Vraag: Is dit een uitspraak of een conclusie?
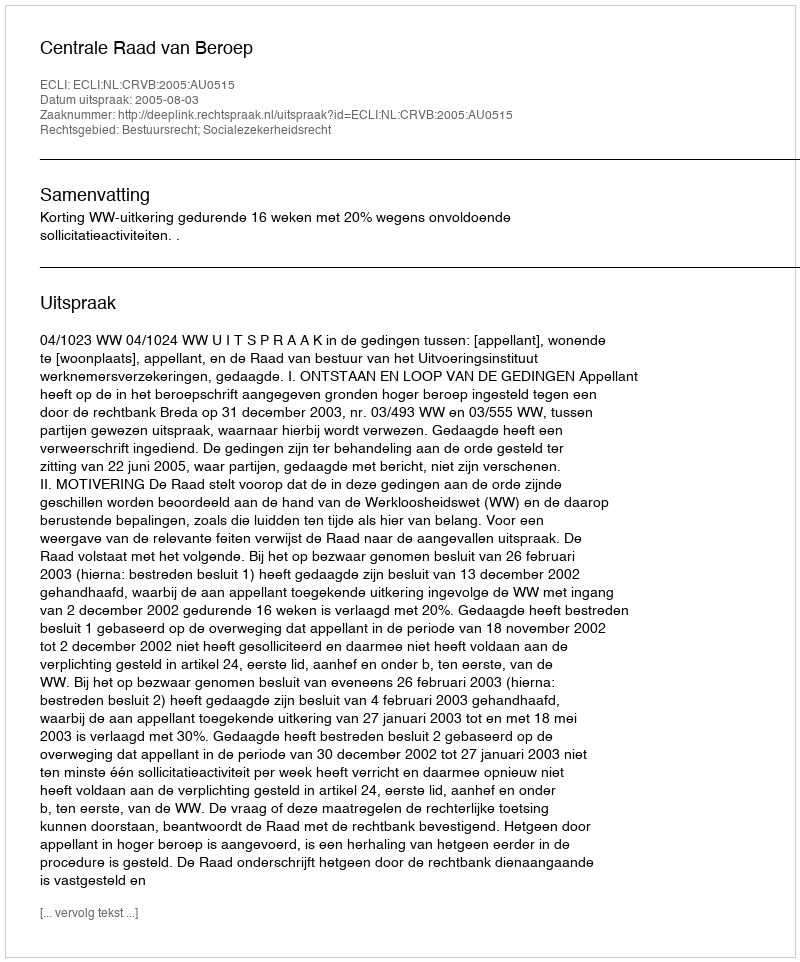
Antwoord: Uitspraak